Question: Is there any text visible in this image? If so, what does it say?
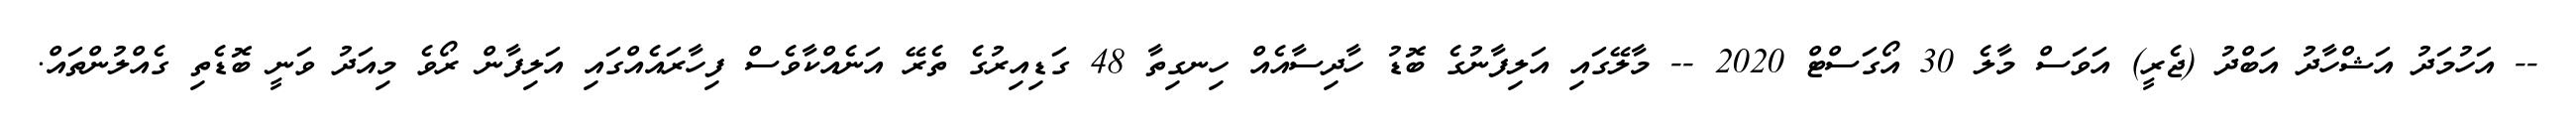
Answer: -- އަހުމަދު އަޝްހާދު އަބްދު (ޖެރީ) އަވަސް މާލެ 30 އޯގަސްޓް 2020 -- މާލޭގައި އަލިފާނުގެ ބޮޑު ހާދިސާއެއް ހިނގިތާ 48 ގަޑިއިރުގެ ތެރޭ އަނެއްކާވެސް ފިހާރައެއްގައި އަލިފާން ރޯވެ މިއަދު ވަނީ ބޮޑެތި ގެއްލުންތައް.